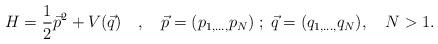
LaTeX: \begin{align*}H=\frac{1}{2}\vec{p}^{2}+V(\vec{q})\quad,\quad\vec{p}=(p_{1,\ldots,}p_{N})\;;\;\vec{q}=(q_{1,\ldots ,}q_{N}), \quad N>1.\end{align*}